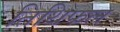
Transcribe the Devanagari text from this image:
तिथिफल